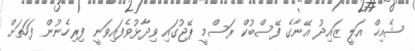
ޝެއިޚް އަލީ ޒައިދު އޭނާގެ ފޭސްބުކް ރަސްމީ ޕޭޖުގައި ވިދާޅުވެފައިވަނީ ފިރިހެނުން ފަހަތަށް